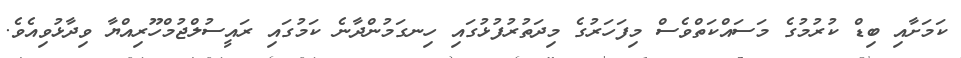
ކަމަށާއި ބިޑް ކުރުމުގެ މަސައްކަތްވެސް މިފަހަރުގެ މިދަތުރުފުޅުގައި ހިނގަމުންދާނެ ކަމުގައި ރައީސުލްޖުމްހޫރިއްޔާ ވިދާޅުވިއެވެ.